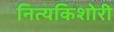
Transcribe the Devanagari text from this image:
नित्यकिशोरी